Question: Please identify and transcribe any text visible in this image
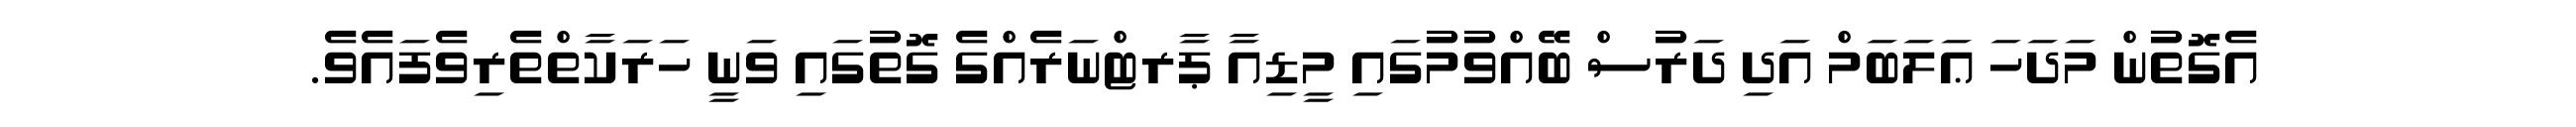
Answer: އެގޮތުން މަދަހަ ޢަލަބަމް އަދި ދަރުސް ބޭއްވުމުގައި މީޑިއާ ޕާރޓްނަރެއްގެ ގޮތުގައި ވަނީ ހަރަކާތްތެރިވެފައެވެ.